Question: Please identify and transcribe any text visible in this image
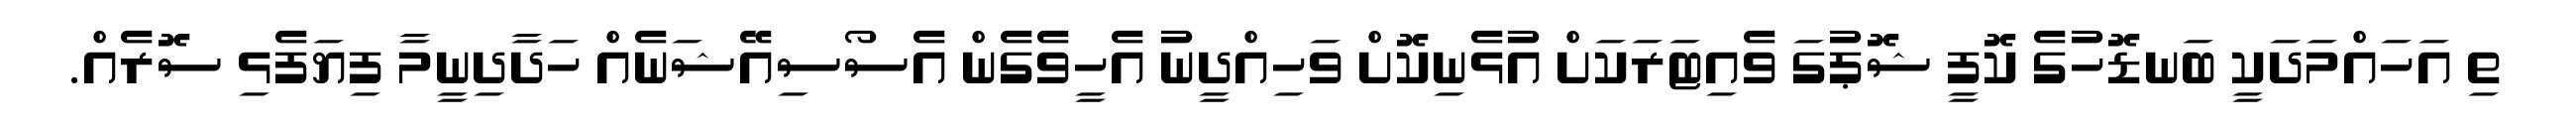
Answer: ތި އަހައްމަދަކީ ބަނޑޮހުގެ ކޮފީ ޝޮޕުގަ ވެއިޓަރަކަށް އުޅެނިކޮށް ވަހިއްދީނު އެހީވެގެން އެސޯސިއޭޝަނެއް ހަދާދިނީމާ ފިޔަފެޅި ސޮރެއް.